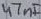
Text: 47nF